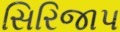
સિરિજાપ